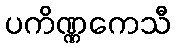
ပကိဏ္ဏကေသီ